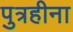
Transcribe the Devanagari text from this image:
पुत्रहीना